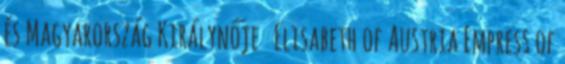
és Magyarország Királynője Elisabeth of Austria Empress of